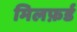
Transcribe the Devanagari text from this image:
मिलफ़र्ड